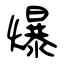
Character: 爆